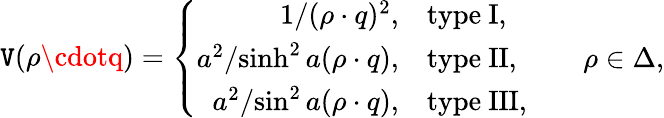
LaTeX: \mathtt{V}(\rho\cdotq)=\left\{ \begin{array}{rll}{{{1/{(\rho\cdot q)^{2}}},}}&{{\mathrm{type~I},}}&{{}}\\ {{{a^{2}/{\sinh^{2}a(\rho\cdot q)}},}}&{{\mathrm{type~II},}}&{{\quad\rho\in\Delta,}}\\ {{{a^{2}/{\sin^{2}a(\rho\cdot q)}},}}&{{\mathrm{type~III},}}&{{}}\end{array}\right.